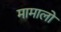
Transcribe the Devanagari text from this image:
मामालों